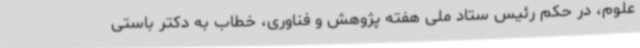
علوم، در حکم رئیس ستاد ملی هفته پژوهش و فناوری، خطاب به دکتر باستی